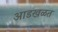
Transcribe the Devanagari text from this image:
आडखळत